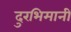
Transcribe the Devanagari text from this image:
दुरभिमानी